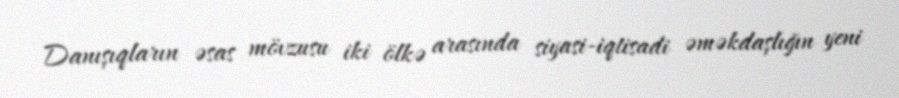
Danışıqların əsas mövzusu iki ölkə arasında siyasi-iqtisadi əməkdaşlığın yeni